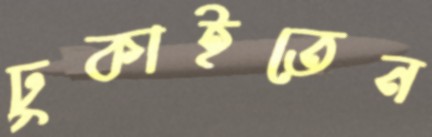
ঢুকাইতেন